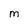
Character: M